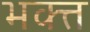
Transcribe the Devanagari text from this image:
भक्त्त